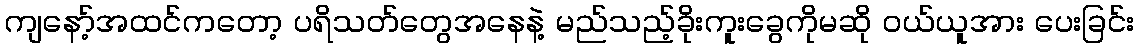
ကျနော့်အထင်ကတော့ ပရိသတ်တွေအနေနဲ့ မည်သည့်ခိုးကူးခွေကိုမဆို ဝယ်ယူအား ပေးခြင်း